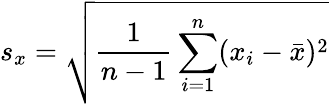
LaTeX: s_{x}={\sqrt{{\frac{1}{n-1}}\sum_{i=1}^{n}(x_{i}-{\bar{x}})^{2}}}